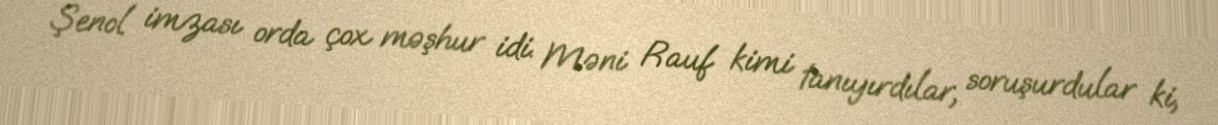
Şenol imzası orda çox məşhur idi. Məni Rauf kimi tanıyırdılar, soruşurdular ki,